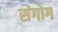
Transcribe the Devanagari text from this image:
संगोग